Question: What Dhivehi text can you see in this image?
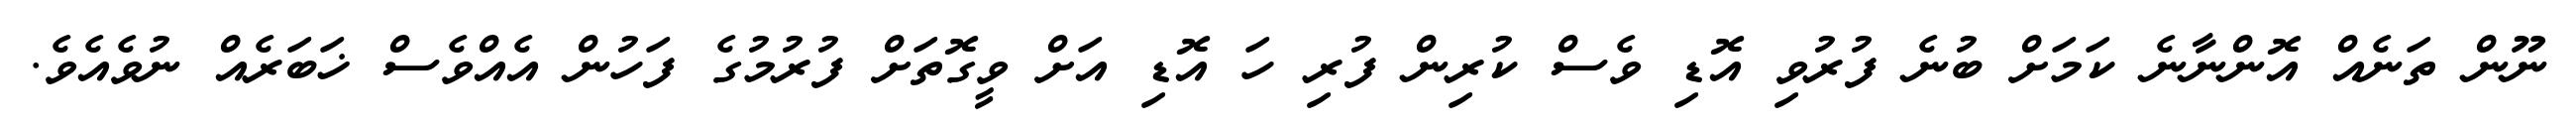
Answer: ނޫން ތަނެއް އޮންނާނެ ކަމަށް ބުނެ ފުރުވި އޮޑި ވެސް ކުރިން ފުރި ހަ އޮޑި އަށް ވީގޮތަށް ފުރުމުގެ ފަހުން އެއްވެސް ޚަބަރެއް ނުވެއެވެ.